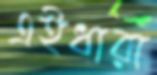
এইধারা